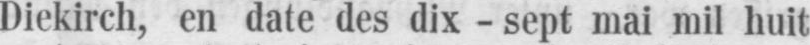
Diekirch, en date des dix - sept mai mil huit